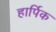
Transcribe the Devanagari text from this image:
हार्पिक